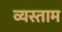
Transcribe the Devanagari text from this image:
व्यस्ताम